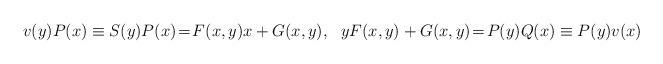
LaTeX: \begin{align*}v(y)P(x) \equiv S(y) P(x)\!=\! F(x,y) x + G(x,y), \ \ yF(x,y) + G(x,y) \! =\! P(y)Q(x)\equiv P(y) v(x)\end{align*}